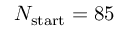
N _ { \mathrm { s t a r t } } = 8 5